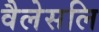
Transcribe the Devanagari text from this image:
वैलेसलि